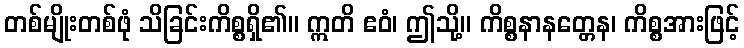
တစ်မျိုးတစ်ဖုံ သိခြင်းကိစ္စရှိ၏။ ဣတိ ဧဝံ၊ ဤသို့။ ကိစ္စနာနတ္တေန၊ ကိစ္စအားဖြင့်